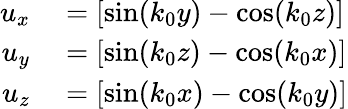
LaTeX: \begin{array}{rl}{u_{x}}&{{}=[\sin(k_{0}y)-\cos(k_{0}z)]}\\ {u_{y}}&{{}=[\sin(k_{0}z)-\cos(k_{0}x)]}\\ {u_{z}}&{{}=[\sin(k_{0}x)-\cos(k_{0}y)]}\end{array}